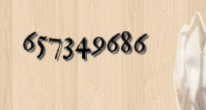
657349686